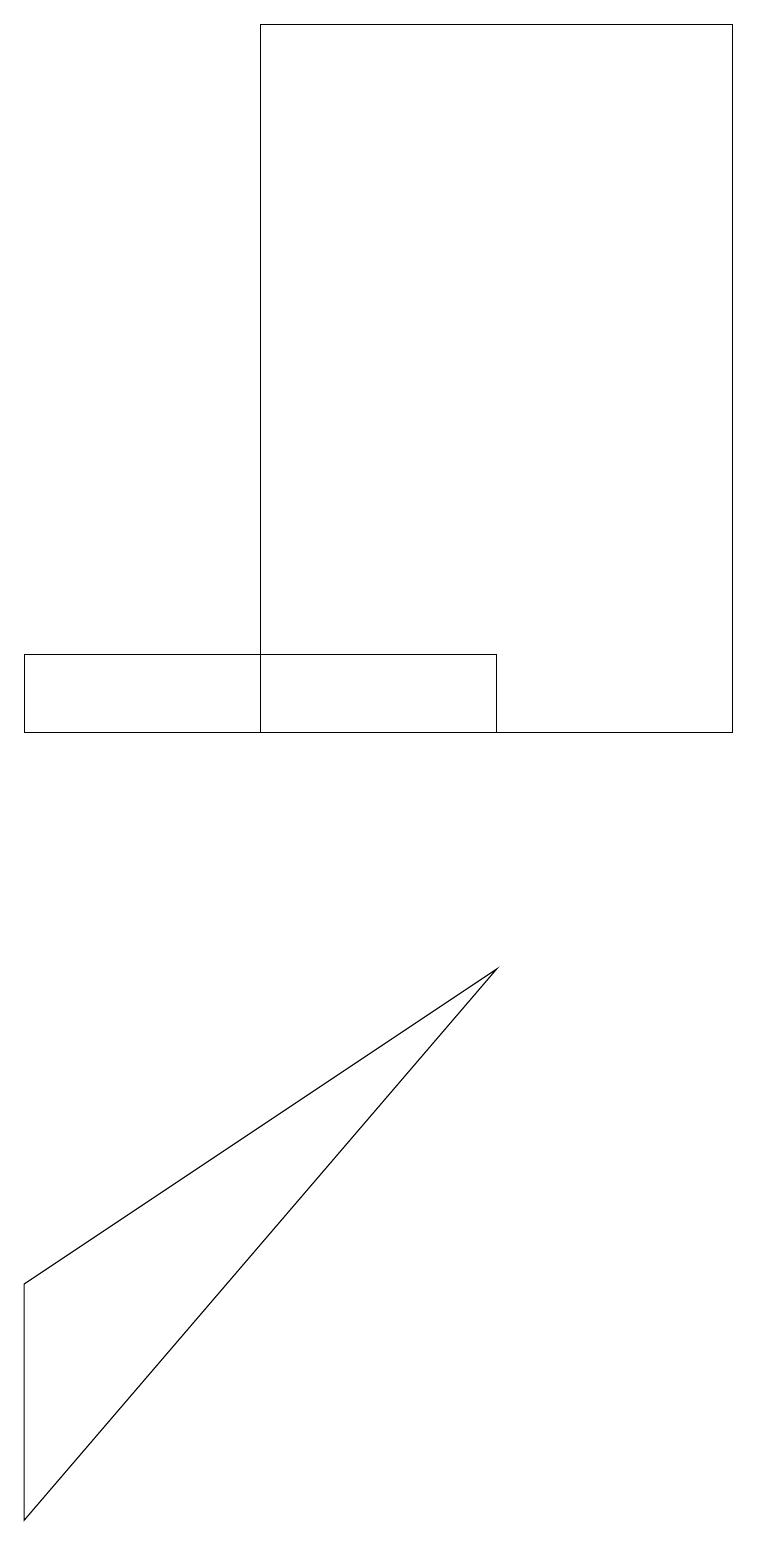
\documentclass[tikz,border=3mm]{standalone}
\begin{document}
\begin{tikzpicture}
\draw (0,11) rectangle (6,10);
\draw (0,0) -- (6,7) -- (0,3) -- cycle;
\draw (9,19) rectangle (3,10);
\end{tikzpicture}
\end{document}